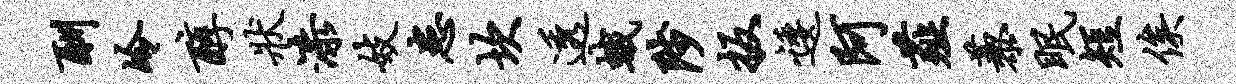
酬冷醇状漆妓患坎透蛾陟扳逶阿薤藜眠短俟